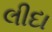
લીદા